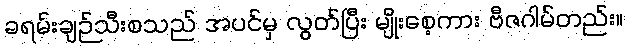
ခရမ်းချဉ်သီးစသည် အပင်မှ လွတ်ပြီး မျိုးစေ့ကား ဗီဇဂါမ်တည်း။